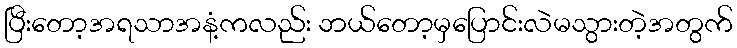
ပြီးတော့အရသာအနံ့ကလည်း ဘယ်တော့မှပြောင်းလဲမသွားတဲ့အတွက်